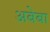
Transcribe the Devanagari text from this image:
अबेबा